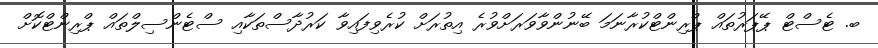
ބ. ޓެސްޓް ޕޭޕަރުތައް ޕްރިންޓްކުރާނަމަ ބޭނުންވާވަރަށްވުރެ އިތުރަށް ކުރެވިފައިވާ ކަރުދާސްތަކާއި ސްޓެންސިލްތައް ޕްރިންޓްކޮށް